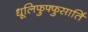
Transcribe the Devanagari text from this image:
धूलिफुफ्फुसार्ति